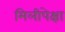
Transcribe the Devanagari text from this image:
मिलीपेक्षा